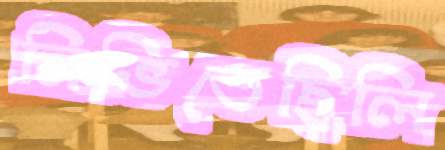
নিভিতেছিলি